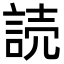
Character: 読